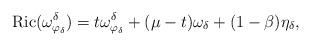
LaTeX: \begin{align*}{\rm Ric}(\omega^\delta_{\varphi_{\delta}})=t\omega^\delta_{\varphi_{\delta}}+ (\mu-t)\omega_\delta+ (1-\beta)\eta_\delta,\end{align*}